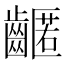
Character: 𪙛